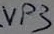
Text: VP3